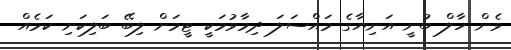
ވެން ހާލް ބުނީ އަނިޔާގެ މައްސަލަ ދިމާވުމަކީ ޓީމަށް ލިބޭ ބަލިކަށި ކަމެއް